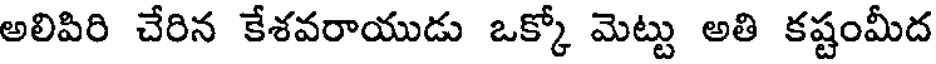
అలిపిరి చేరిన కేశవరాయుడు ఒక్కో మెట్టు అతి కష్టంమీద